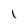
Character: l